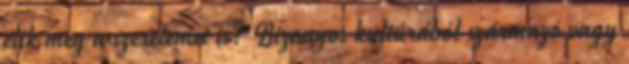
élik meg a szerelemet is? Bizonyos kultúrából származó vagy